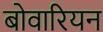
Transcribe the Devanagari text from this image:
बोवारियन